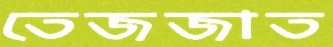
তেজজাত